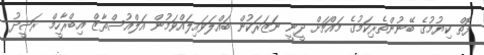
ފޮތް ކިޔުމުގެ ބޭނުންތެރިކަމުގެ މައްޗަށް ދީނީ ނަޒަރަކުން ބައްލަވައިލައްވަމުން އަލްއުސްތާޒް އިބްރާހީމް ރަޝީދު